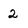
Character: 2